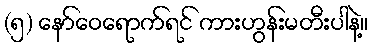
(၅) နော်ဝေရောက်ရင် ကားဟွန်းမတီးပါနဲ့။